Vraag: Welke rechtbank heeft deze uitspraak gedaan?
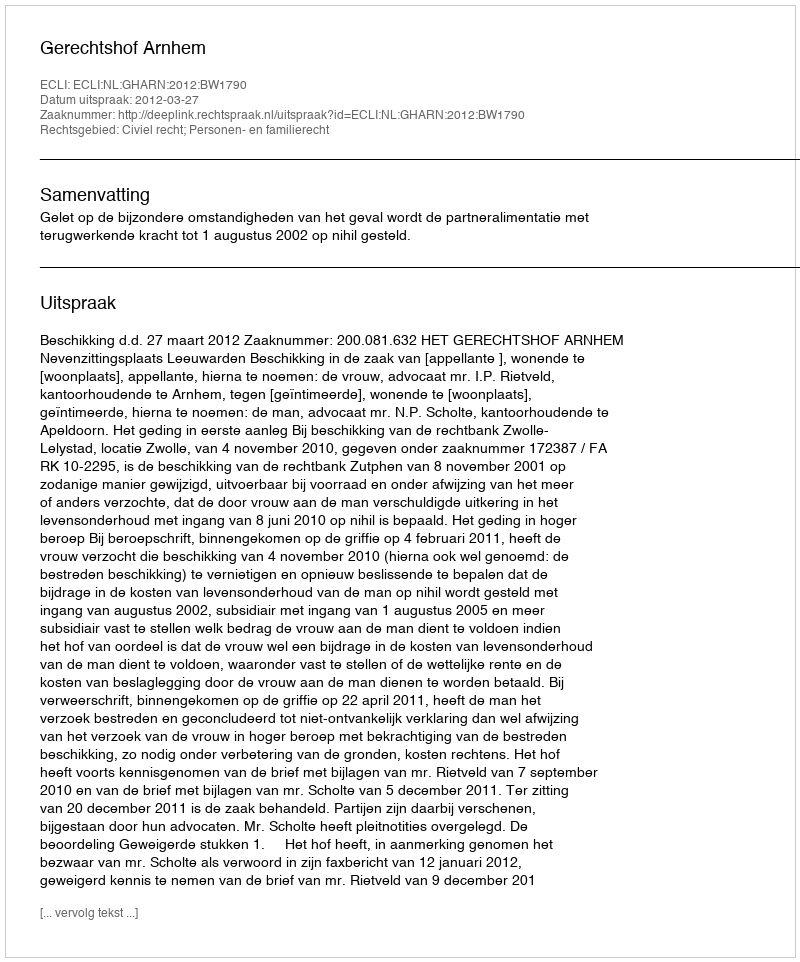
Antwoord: Gerechtshof Arnhem